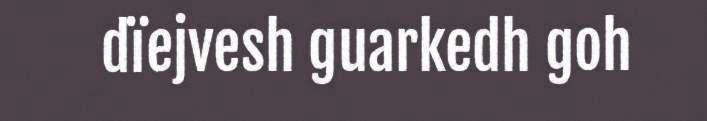
dïejvesh guarkedh goh